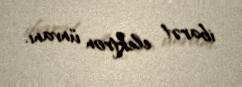
ibarət elektron ünvanı.